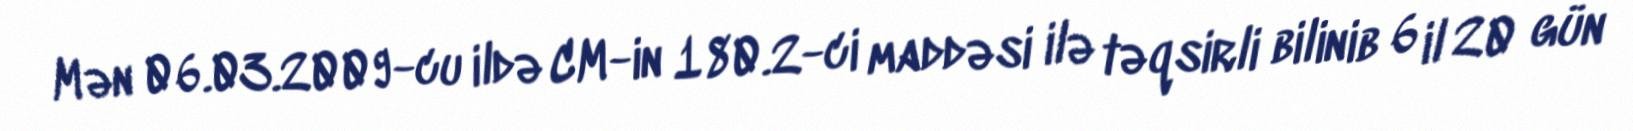
Mən 06.03.2009-cu ildə CM-in 180.2-ci maddəsi ilə təqsirli bilinib 6 il 20 gün